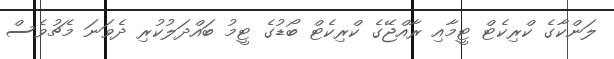
ލަންކާގެ ކްރިކެޓް ޓީމާއި ރާއްޖޭގެ ކްރިކެޓް ބޯޑުގެ ޓީމު ބައްދަލުކުރި ދެވަނަ މެޗުވެސް